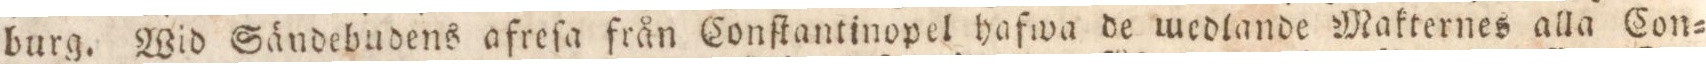
burg. Wid Sändebudens afreſa från Conſtantinopel hafwa de medlande Makternes alla Con=